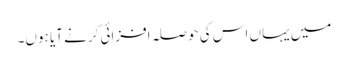
میں یہاں اس کی حوصلہ افزائی کرنے آیا ہوں۔